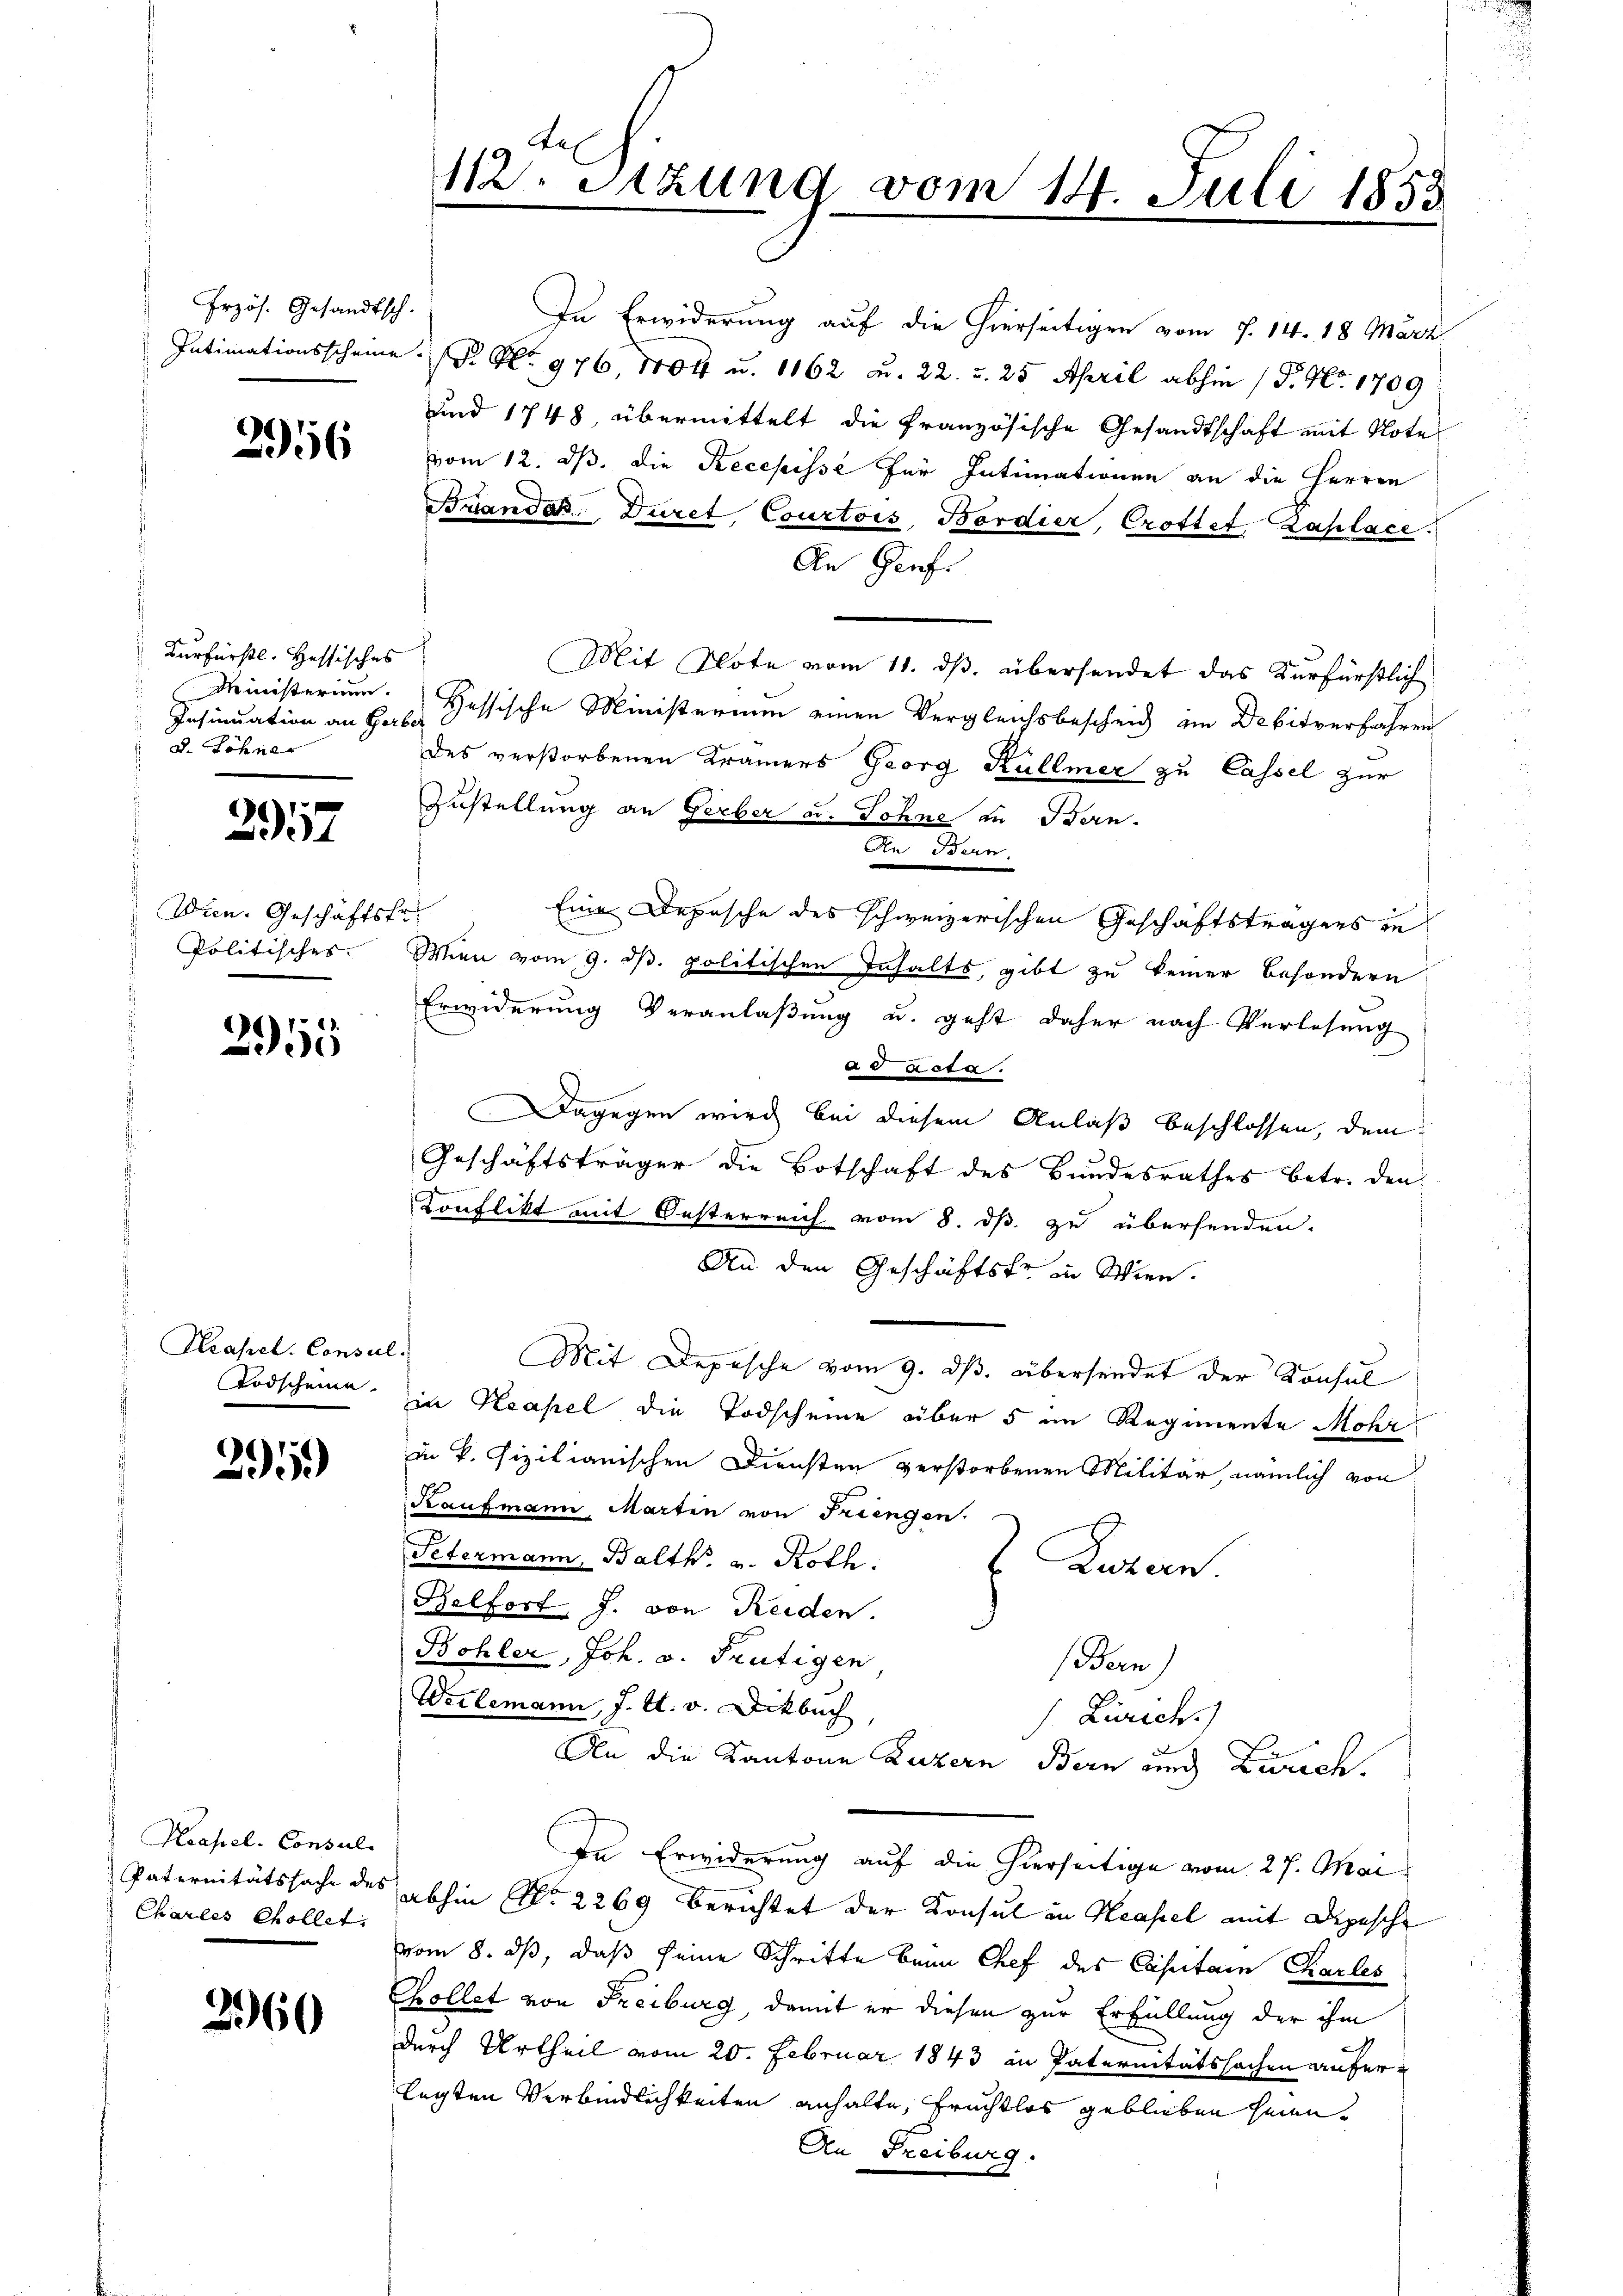
Erzös. Gesandtsch.

2956

Kurfürstl. Hessisches
Insinuation an Gerber
D. Söhner

3957

Wien. Geschäftsfr.
Politisches.

2955

Krassel. Consul
Todscheine

295)

Neapel. Consul
Paternitätssache de
Charles Collet,

2960

te
112. Sitzung vom 14. Juli 1855

In Erwiderung auf die hierseitigen vom 1. 14. 18 März
Intimationsscheine (d. No. 976, 1704 u. 1162 u. 22. u. 25 April abhin (P. Nr. 1709
und 1748, übermittelt die französische Gesandtschaft mit Note
vom 12. ds. die Recepisse für Intimationen an die Herren
Brandar. Duret, Courtois, Bordier, Crottet, Zaplace.
An Genf
Mit Note vom 11. ds. übersendet das Kurfürstlich
Ministerium. Sessische Ministerium einen Vergleichsbescheid im Debitverfahren
des verstorbenen Kramers Georg Kullmer zu Cassel zur
Zustellung an Gerber u. Sohne an Stern.
An Bern.
Eine Deposche des schweizerischen Geschäftsträgers in
Mien vom 9. ds. politischen Inhalts, gibt zu keiner besondern
Erwiderung Veranlaßung u. geht daher nach Verlesung
ad acte.
Dagegen wird bei diesem Anlaß beschlossen, dem
Geschäftsträger die Botschaft des Bundesrathes betr. den¬
Konflikt mit Oesterreich vom 8. ds. zu übersenden.
An den Geschäftsfrau Wien.
Mit Depesche vom 9. ds. übersendet der Konsul
in Neapel die Todscheine über 5 im Regimente Mohr
in k. Fizilianischen Diensten verstorbenen Militär, nämlich von
Kaufmann, Marten von Friengen.
Petermann, Balth. v. Roth
Luzern.
Belfort, J. von Reiden.
Bohler, Joh. v. Frutigen
Bern)
Weilemann, J. A. v. Dikbuch
 Livrech
An die Kantone Luzern Bern und Zürich.
In Erwiderung auf die hierseitige vom 27. Mai
abhin Nr. 2269 Berichtet der Konsul in Hasel mit Depesche
vom 8. ds, daß seine Schritte beim Chef des Capitain Charles
Collet von Freiburg damit er diesen zur Erfüllung der ihm
B
durch Urtheil vom 20. Februar 1843 in Paternitätssachen auferlegten Verbindlichkeiten anhalte, fruchtlos geblieben seien.
An Freiburg.